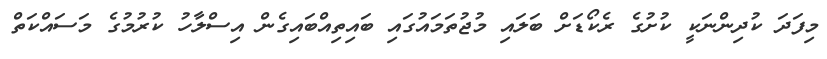
މިފަދަ ކުދިންނަކީ ކުށުގެ ރެކޯޑަށް ބަލައި މުޖުތަމައުގައި ބައިތިއްބައިގެން އިސްލާހު ކުރުމުގެ މަސައްކަތް